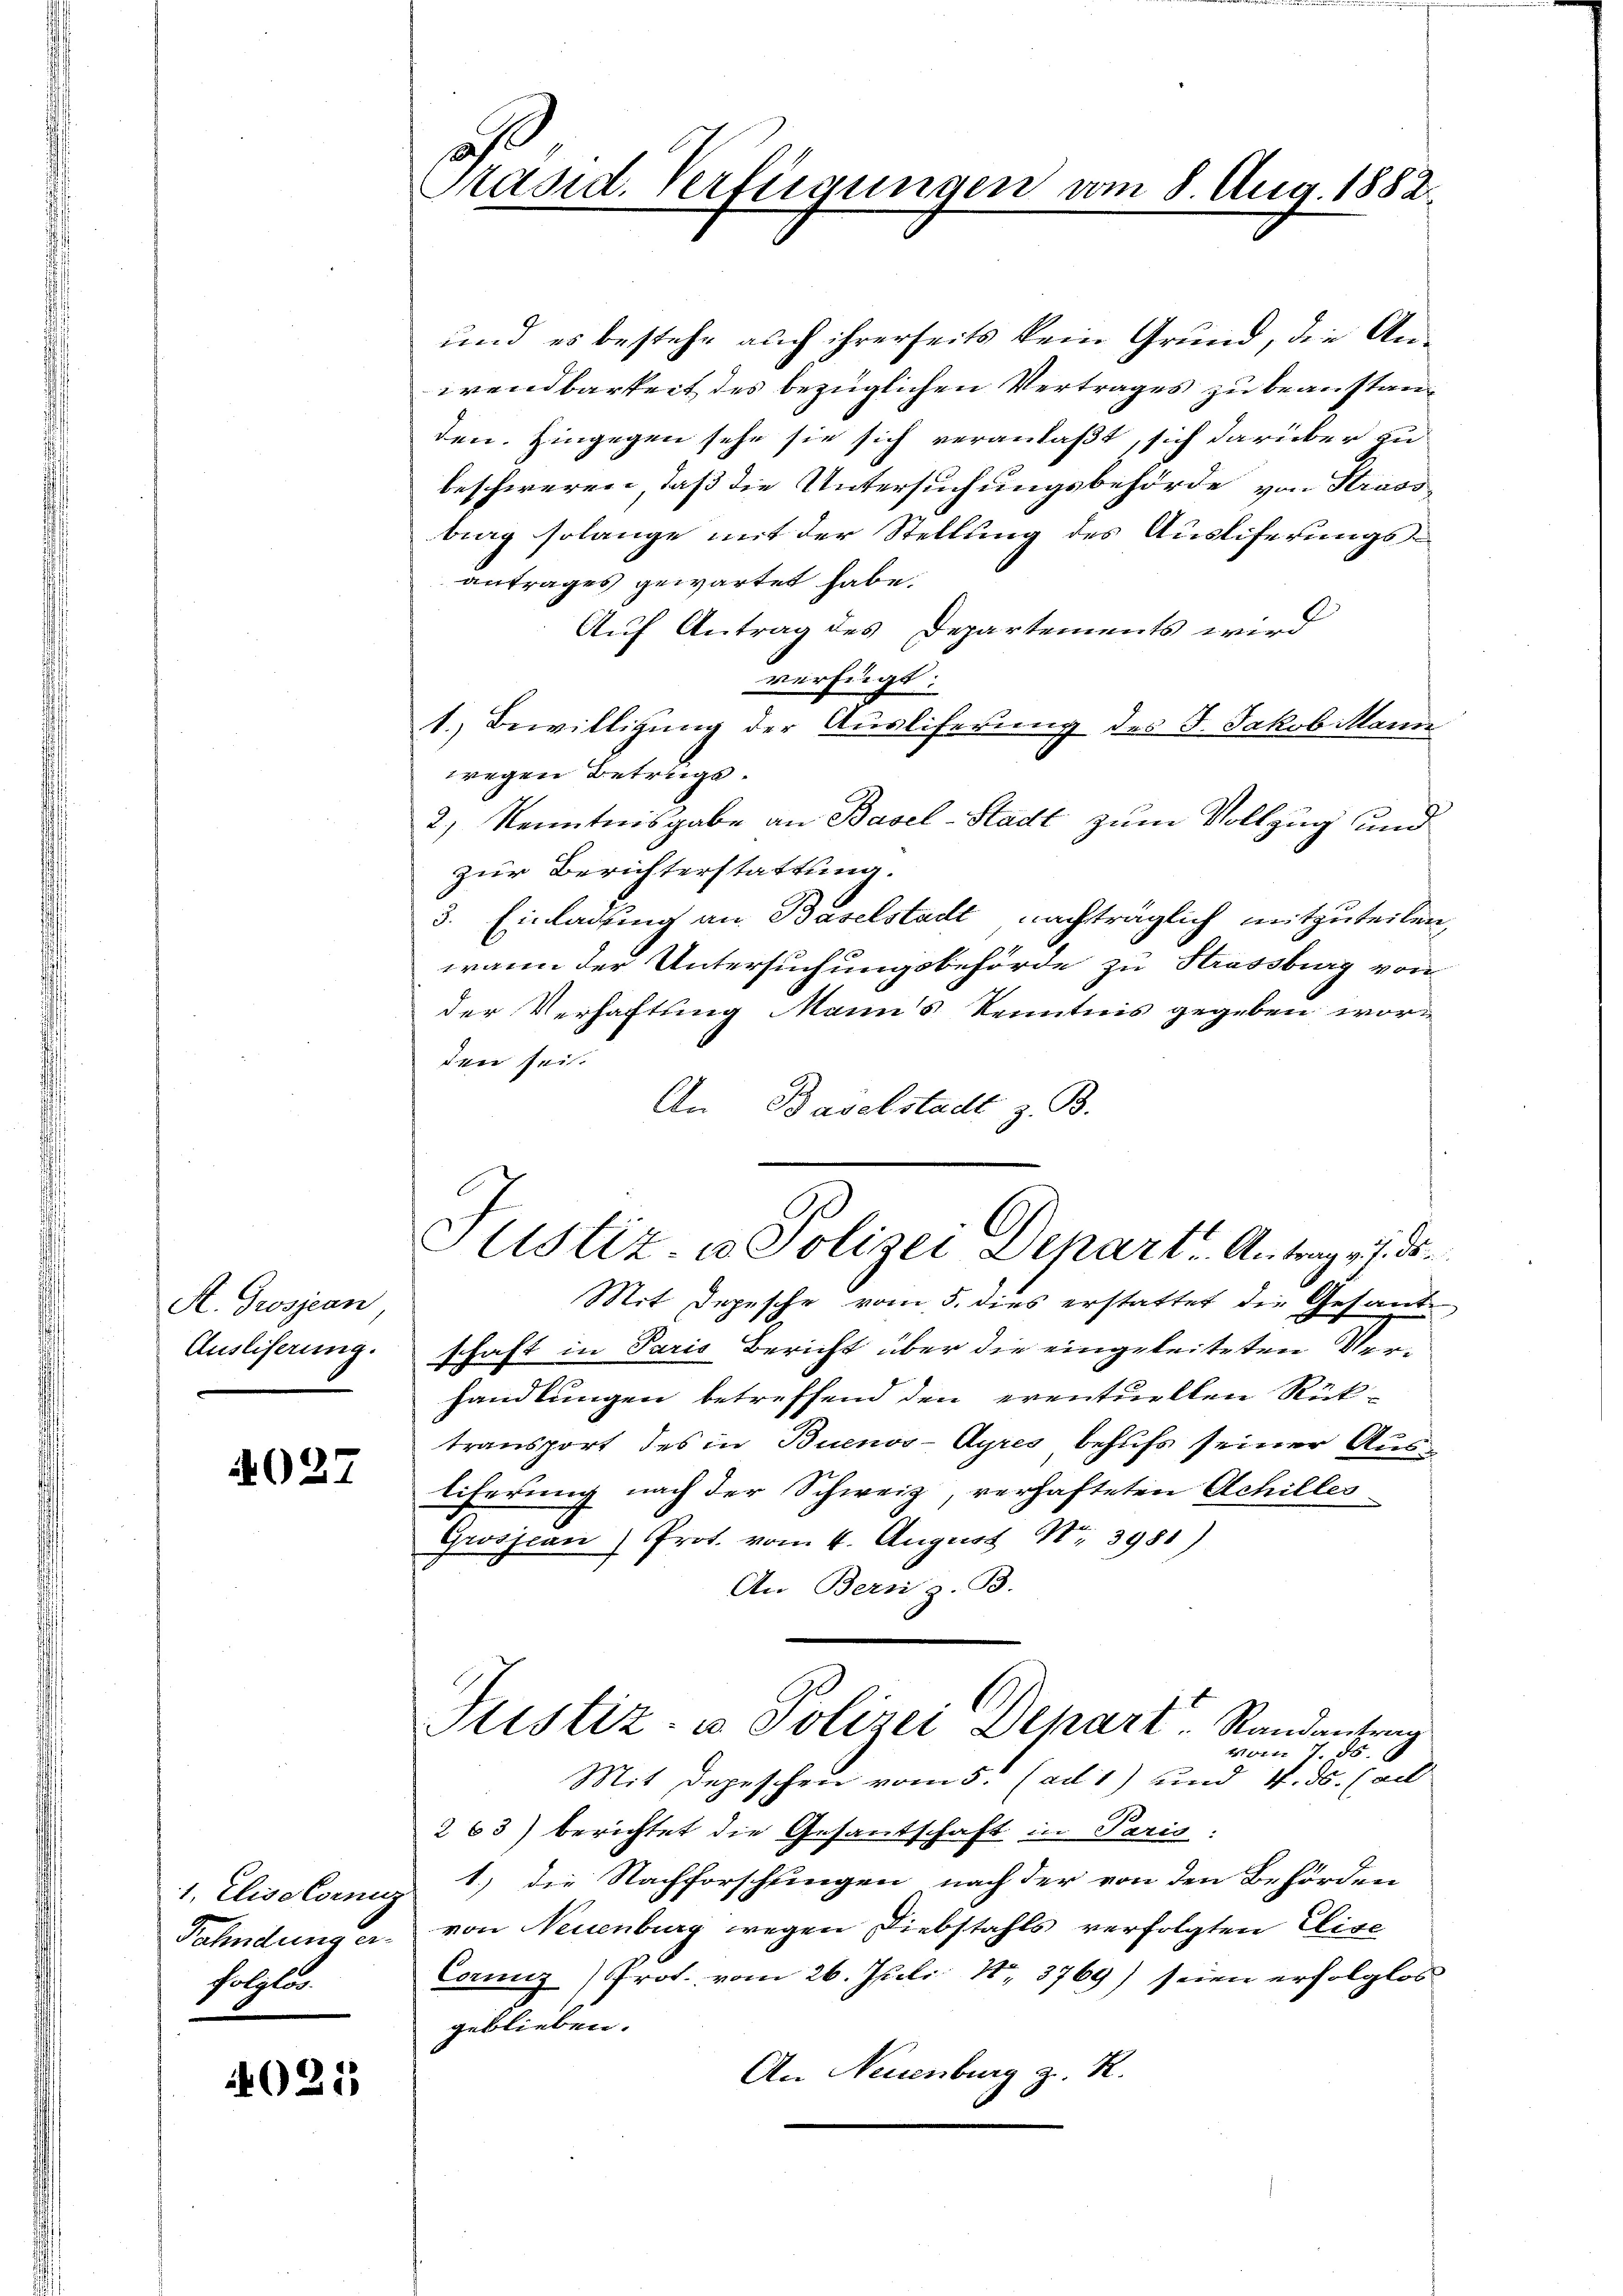
A. Grosjean
Ausliferung.

4027

Fahndung er
folglos.

021

18
Präsid. Verfügungen vom 8. Aug. 1882.

und es bestehe auch ihrerseits kein Grund, die Anwendbarkeit des bezüglichen Vertrages zu beanstanden. Hingegen sehe sie sich veranlaßt, sich darüber zu
beschweren, daß die Untersuchungsbehörde von Strass
bieg solange mit der Stellung des Ausliferungsantrages gewartet habe.
Auf Antrag des Departements wird
verfügt:
1.) Bewilligung der Auslieferung des J. Jakob Mann
wegen Betrugs¬
2.) Kenntnisgabe an Basel-Stadt zum Vollzug und
zur Berichterstattung.
3. Einladung an Baselstadt nachträglich mitzuteilen,
wann der Untersuchungsbehörde zu Strassburg von
der Verhaftung Mann's Kenntnis gegeben worden sei.
An Baselstadt z. B.
Mit Depesche vom 5. dies erstattet die Gesandschaft in Paris Bericht über die eingeleiteten Verhandlungen betreffend den eventuellen Rücktransport des in Buenos-Ayres behufs seiner Ausliferung nach der Schweiz, verhafteten Achilles
Grosscan) Prot. vom 4. August Nr. 3981)
An Bern z. B.
Justiz- u. Polizei Depart Randantrag
1x 1 45
Mit Depeschen vom 5. (ad 1) und 4. ds. (al
263) berichtet die Gesandschaft in Paris:
1. Elisatorenz 1) die Nachforschungen nach der von den Behörden
von Neuenburg wegen Diebstahls verfolgten Elise
Comnz) Prot. vom 26. Juli 18. 3769) seien erfolglos
geblieben.
An Neuenburg z. R.
.

Justiz- u Polizei Depart. Antrag v. den